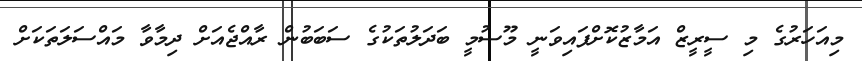
މިއަހަރުގެ މި ސީރީޒް އަމާޒުކޮށްފައިވަނީ މޫސުމީ ބަދަލުތަކުގެ ސަބަބުން ރާއްޖެއަށް ދިމާވާ މައްސަލަތަކަށް